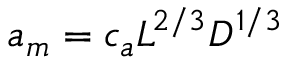
a _ { m } = c _ { a } L ^ { 2 / 3 } D ^ { 1 / 3 }